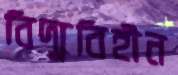
বিদ্যুবিহীন